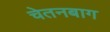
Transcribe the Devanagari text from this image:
चेतनबाग